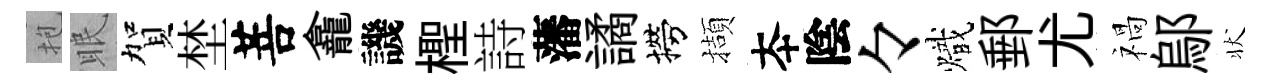
抱眠賀埜菩龕譏檉詩藩譎撈擷夲陰々熾郵尤禍鄔状